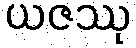
ယဇဿု